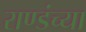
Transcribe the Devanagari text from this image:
राण्डंच्या